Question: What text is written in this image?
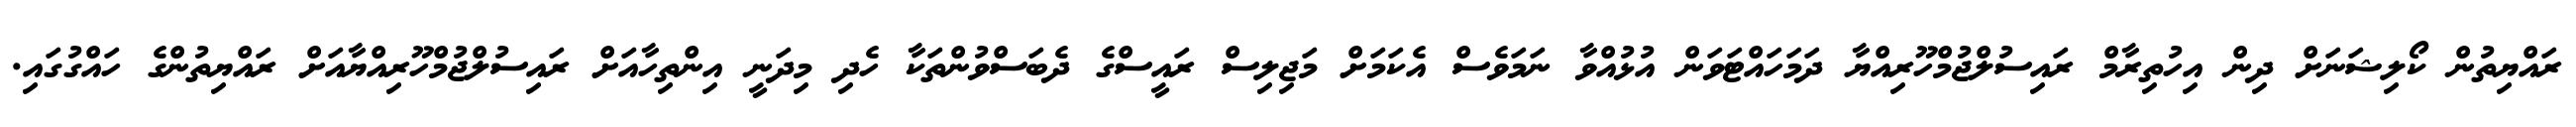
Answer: ރައްޔިތުން ކޯލިޝަނަށް ދިން އިހުތިރާމް ރައިސުލްޖުމްހޫރިއްޔާ ދަމަހައްޓަވަން އުޅުއްވާ ނަމަވެސް އެކަމަށް މަޖިލިސް ރައީސްގެ ދެބަސްވުންތަކާ ހެދި މިދަނީ އިންތިހާއަށް ރައިސުލްޖުމްހޫރިއްޔާއަށް ރައްޔިތުންގެ ހައްގުގައި.